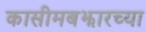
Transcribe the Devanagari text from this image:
कासीमबझारच्या